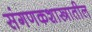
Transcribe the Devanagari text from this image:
संगणकशास्त्रातील